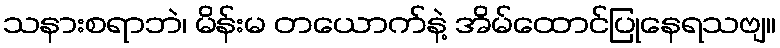
သနားစရာဘဲ၊ မိန်းမ တယောက်နဲ့ အိမ်ထောင်ပြုနေရသဗျ။